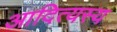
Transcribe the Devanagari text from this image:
आदित्यस्य